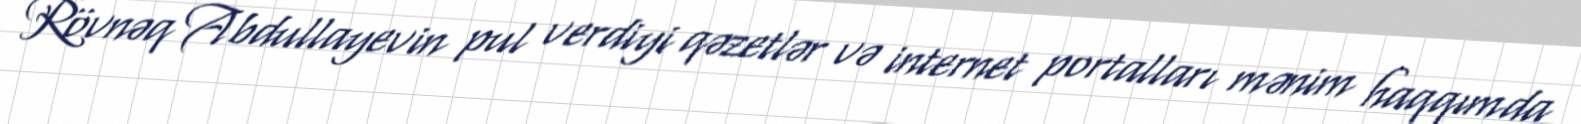
Rövnəq Abdullayevin pul verdiyi qəzetlər və internet portalları mənim haqqımda